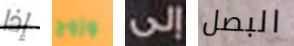
إذا وزوج إلى البصل